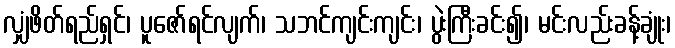
လျှံဖိတ်ရည်ရှင်၊ ပူဇော်ရင်လျက်၊ သဘင်ကျင်းကျင်း၊ ပွဲးကြီးခင်း၍၊ မင်းလည်းခန့်ချုံး၊